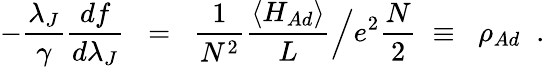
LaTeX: -\frac{\lambda_{J}}{\gamma}\frac{df}{d\lambda_{J}}\; \; =\; \; \frac{1}{N^{2}}\frac{\langle H_{Ad}\rangle}{L}\Big/e^{2}\frac{N}{2}\; \equiv\; \; \rho_{Ad}\; \; .